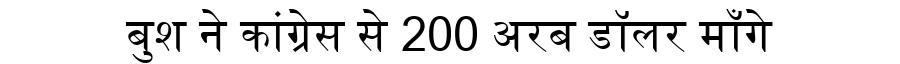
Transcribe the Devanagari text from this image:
बुश ने कांग्रेस से 200 अरब डॉलर माँगे